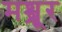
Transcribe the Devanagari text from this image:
मश्शूर